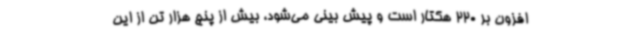
افزون بر 220 هکتار است و پیش بینی می‌شود، بیش از پنج هزار تن از این